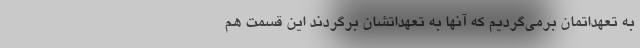
به تعهداتمان برمی‌گردیم که آنها به تعهداتشان برگردند این قسمت هم